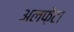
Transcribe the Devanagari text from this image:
अलफ़ेटा